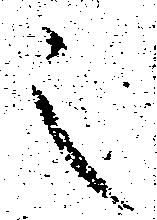
之